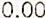
0.00